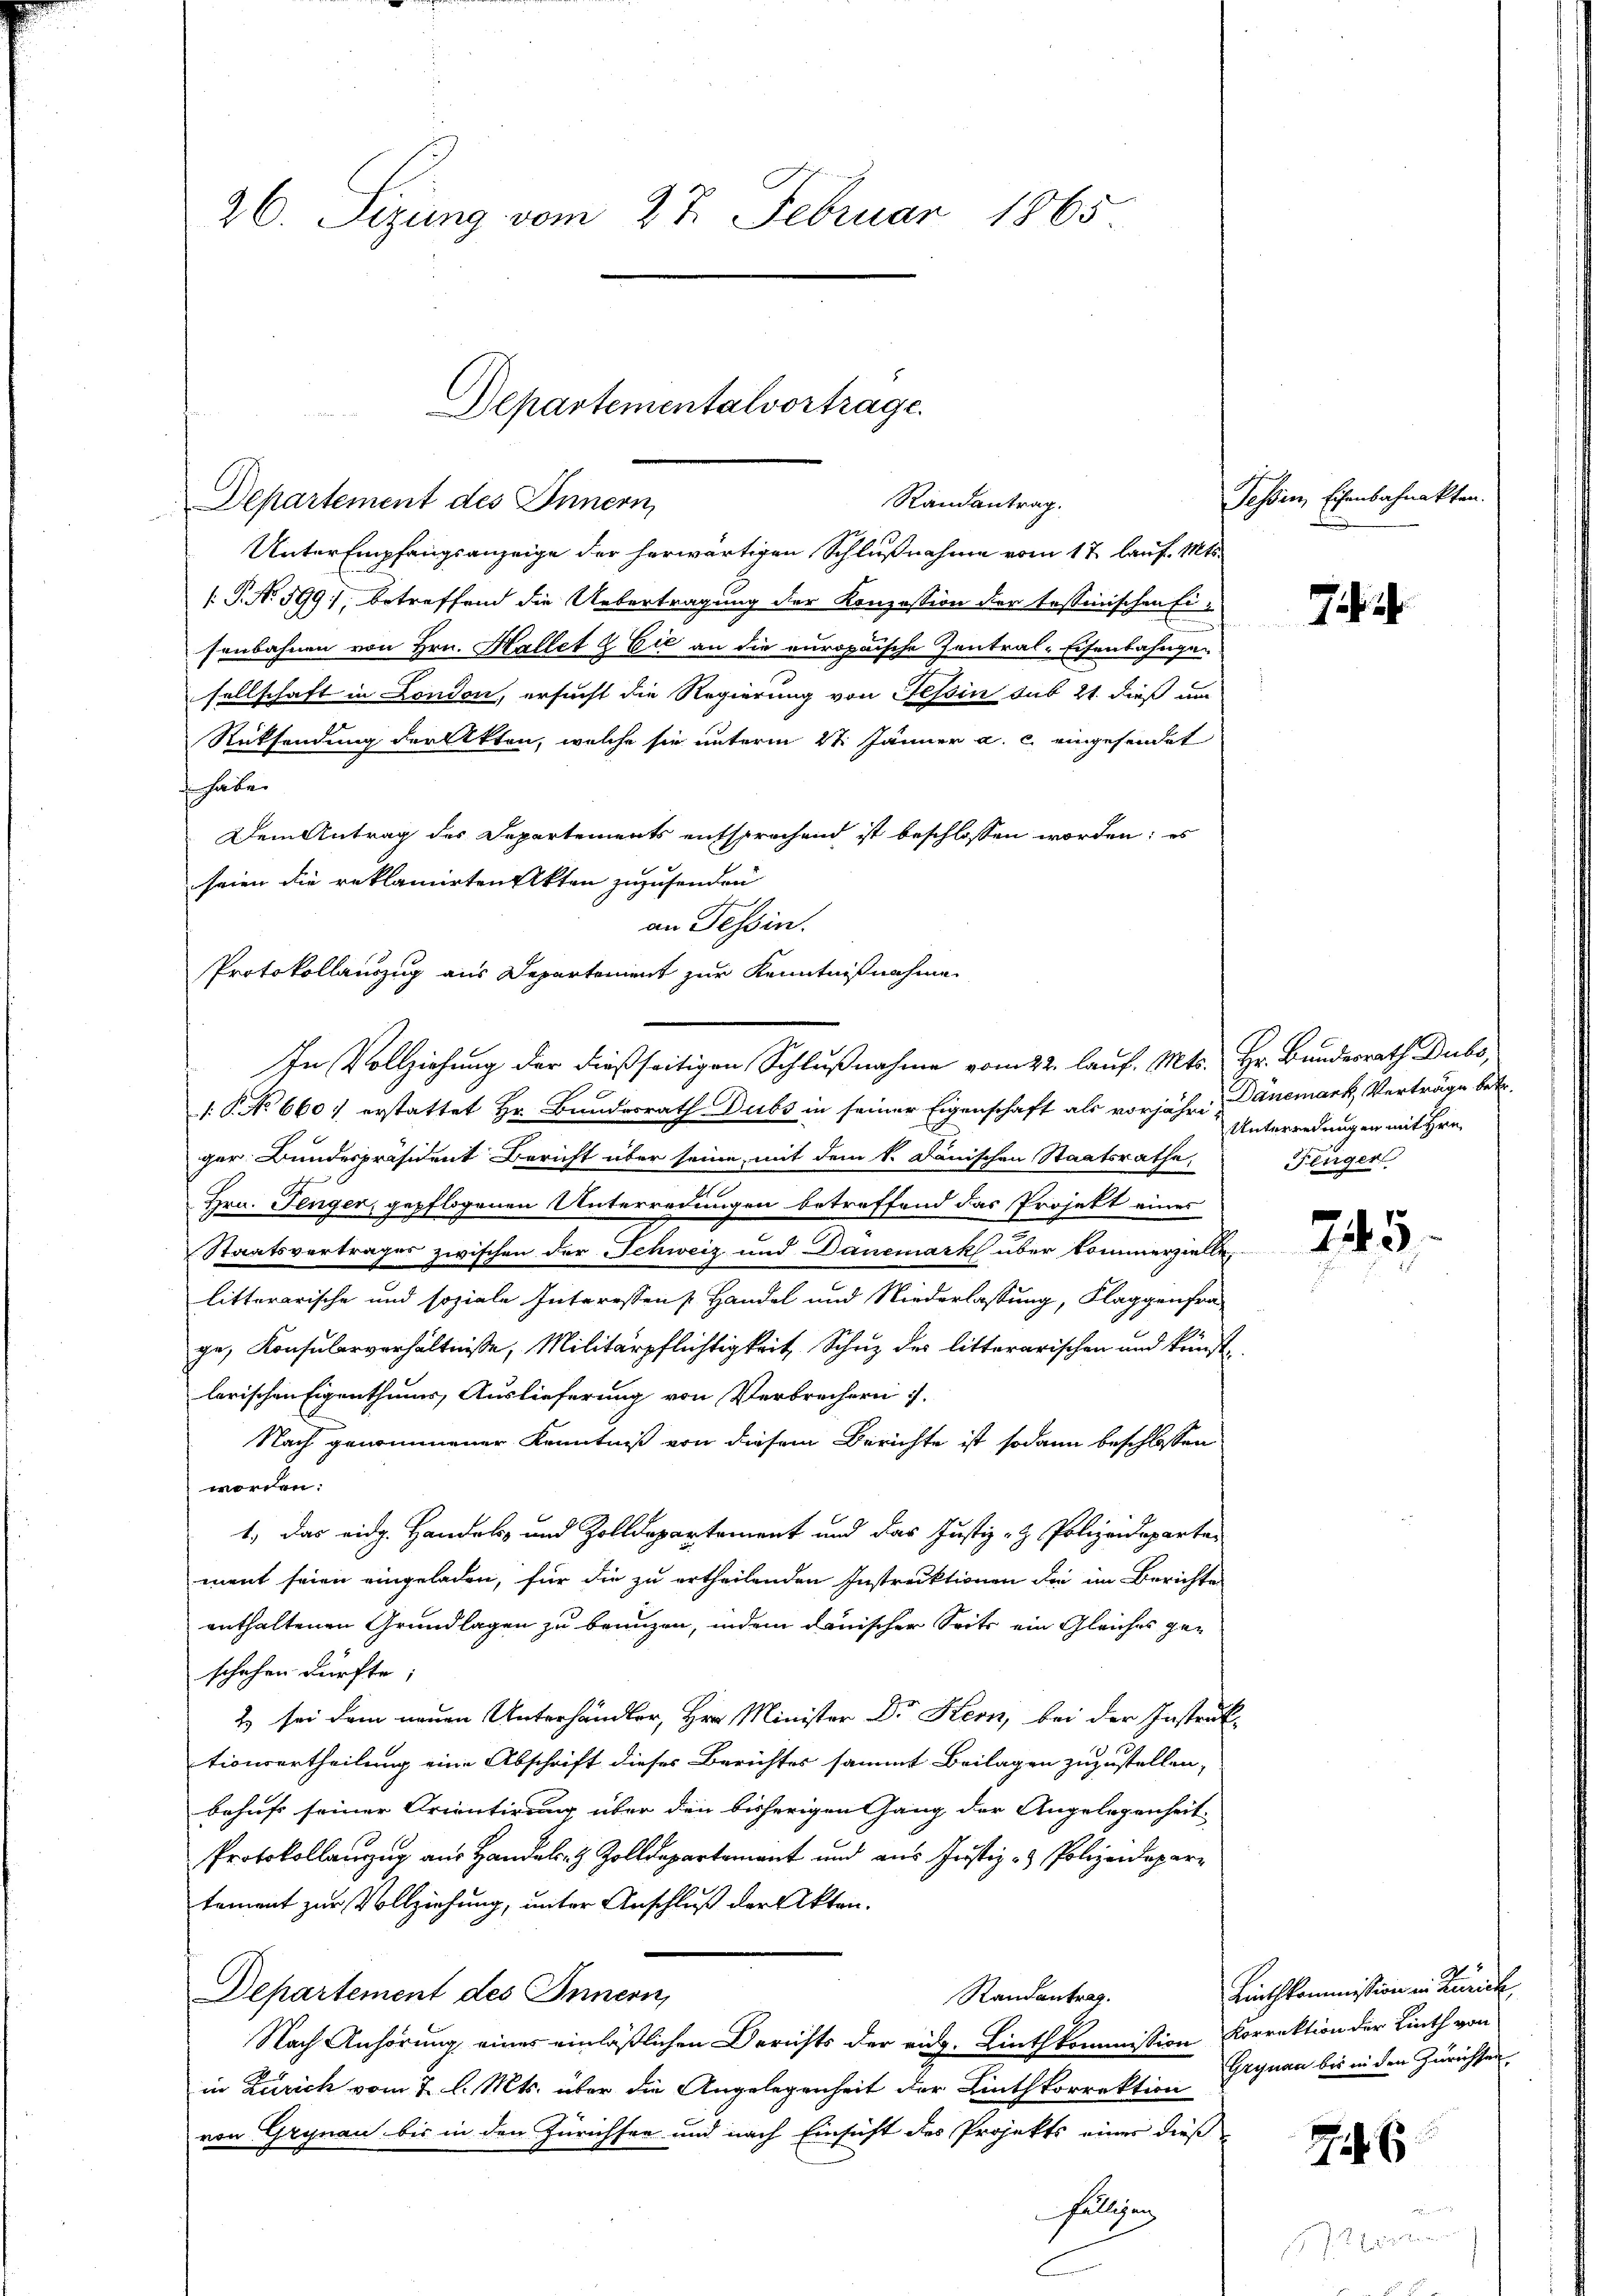
26. Sizung vom 27. Februar 1865

Departementalvortrage.
Randantrag.
Departement des Innern,

Unter Empfangsanzeige der herwärtigen Schlußnahme vom 17 lauf. Mts.
[: P. Nr. 599, betreffend die Uebertragung der Konzession der tessinischen Ei-
senbahnen von Hrn. Hallet & Cie an die europaische Zentral-Eisenbahnged
sellschaft in London, ersucht die Regierung von Tessin sub 21. dieß um
Rücksendung der Akten, welche sie unterm 27. Jänner a. c. eingesendet
 habe.
Dem Antrag des Departements entsprochend ist beschlossen worden; es
seien die reklamirten Akten zuzusenden
an Tessin.
Protokollauszug aus Departement zur Kenntnißnahme
1. P. No 6601 erstattet Hr. Bundesrath Dubs in seiner Eigenschaft als vorjähr. Danemark, Verträge betr.
ger Bundespräsident Bericht über seine, mit dem k. Danischen Staatsrathe,
Hrn. Tenger, gepflogenen Unterredungen betreffend das Projekt eines
Staatsvertrages zwischen der Schweiz und Danemark über kommerzielle,
litterarische und soziale Interessen Handel und Niederlassung, Klaggenfrage, Konsularverhältnisse, Militärpflichtigkeit Schuz der litterarischen und kunst
larischen Eigenthums Auslieferung von Verbrechern.
Nach genommener Kenntniß von diesem Berichte ist sodann beschlossen
worden:
1.) Das eidg. Handels- und Zolldepartement und das Justiz- & Polizeideparten
ment seien eingeladen, für die zu ertheilenden Instruktionen die im Berichte
enthaltenen Grundlagen zu bringen, indem danischer Seits ein Gleiches geschehen dürfte;
2) sei dem neuen Unterhändler, Hrn. Minister Dr Kern, bei der Instruktionsertheilung eine Abschrift dieses Berichtes sammt Beilagen zuzustellen,
behuf seiner Orientirung über den bisherigen Gang der Angelegenheit
Protokollanzug aus Hande Zolldepartement und aus Justiz- & Polizeidepar
tement zur Vollziehung, unter Anschluß der Akten.
Departement des Innern,
Randantrag.
Nach Anhörung, eines einläßlichen Berichts der eidg. Linthkommission Korrektion der Linth von
in Zürich vom 7. d. Mts. über die Angelegenheit der Linthkorrektion Grynau bis in den Zürichten
von Grynau bis in den Zürichten und nach Einsicht des Projekts einer dieß
hilligen

In Vollziehung der dießseitigen Schlußnahme vom 22. lauf. Mts. Hr. Bundesrath Dubs,

C

Jessen Eisenbahnakten.

J. 2

Unterredungen mit Hrn.
Feiger

745

Linthkommission in Zürich

76